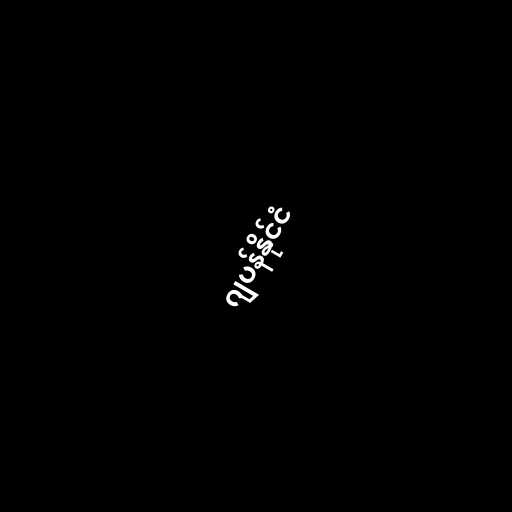
ဂျပန်နိုင်ငံ